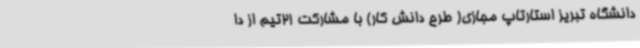
دانشگاه تبریز استارتاپ مجازی( طرح دانش کار) با مشارکت 21تیم از دا